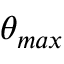
\theta _ { m a x }